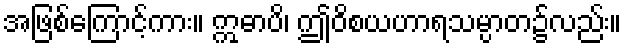
အဖြစ်ကြောင့်ကား။ ဣဓာပိ၊ ဤဝိစယဟာရသမ္ပာတ၌လည်း။